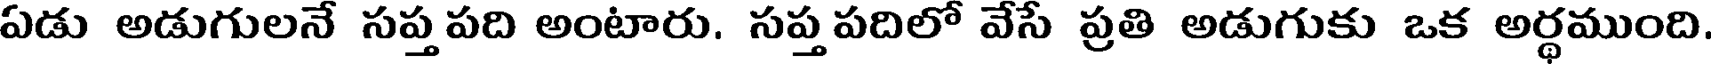
ఏడు అడుగులనే సప్త పది అంటారు. సప్త పదిలో వేసే ప్రతి అడుగుకు ఒక అర్థముంది